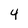
Character: 4